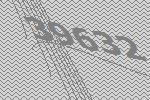
39632